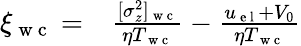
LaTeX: \begin{array}{rl}{\xi_{\mathrm{~w~c~}}=}&{{}\frac{[\sigma_{z}^{2}]_{\mathrm{~w~c~}}}{\eta T_{\mathrm{~w~c~}}}-\frac{u_{\mathrm{~e~l~}}+V_{0}}{\eta T_{\mathrm{~w~c~}}}}\end{array}